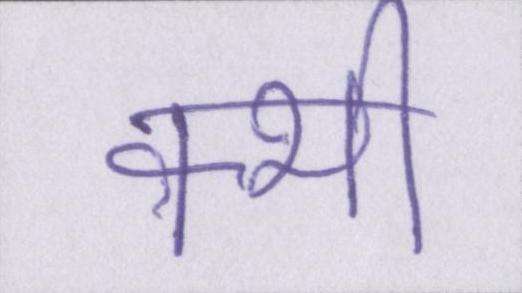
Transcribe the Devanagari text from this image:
क्भी